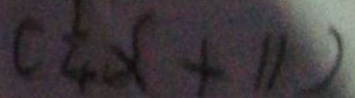
( \frac { 1 } { 4 } x + 1 1 )